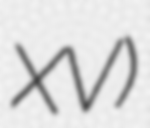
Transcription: XV)